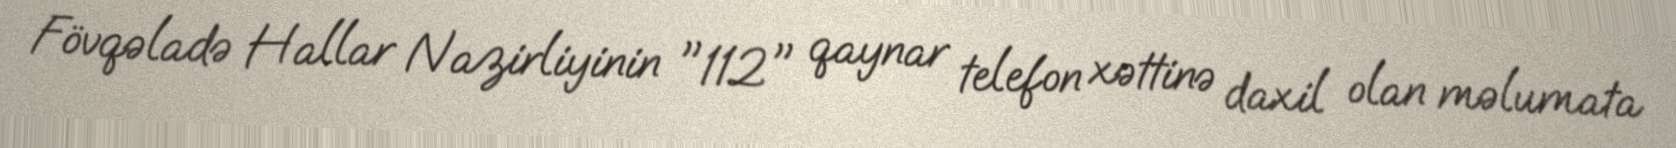
Fövqəladə Hallar Nazirliyinin "112" qaynar telefon xəttinə daxil olan məlumata